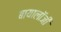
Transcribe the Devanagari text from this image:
बायालॉजी